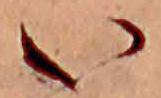
い